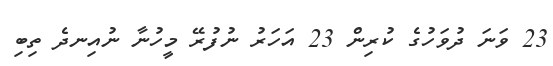
23 ވަނަ ދުވަހުގެ ކުރިން 23 އަހަރު ނުފުރޭ މީހުނާ ނުއިނދެ ތިބި